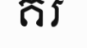
គរ